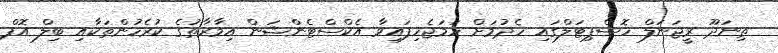
ތިނަދޫ ރީޖަނަލް ހޮސްޕިޓަލްގައި ހެދުމަށް ހަމަޖެހިފައިވާ އެކްސްޓެންޝަން އިމާރާތުގެ ކުރެހުންތަކާއި ބިލް އޮފް